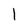
Character: l